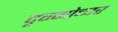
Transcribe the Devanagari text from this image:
दृग्गोच्चर